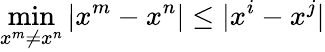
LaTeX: \operatorname*{min}_{x^{m}\neq x^{n}}|x^{m}-x^{n}|\leq|x^{i}-x^{j}|